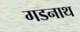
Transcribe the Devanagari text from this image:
गडनाथ